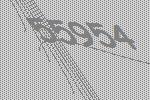
55954